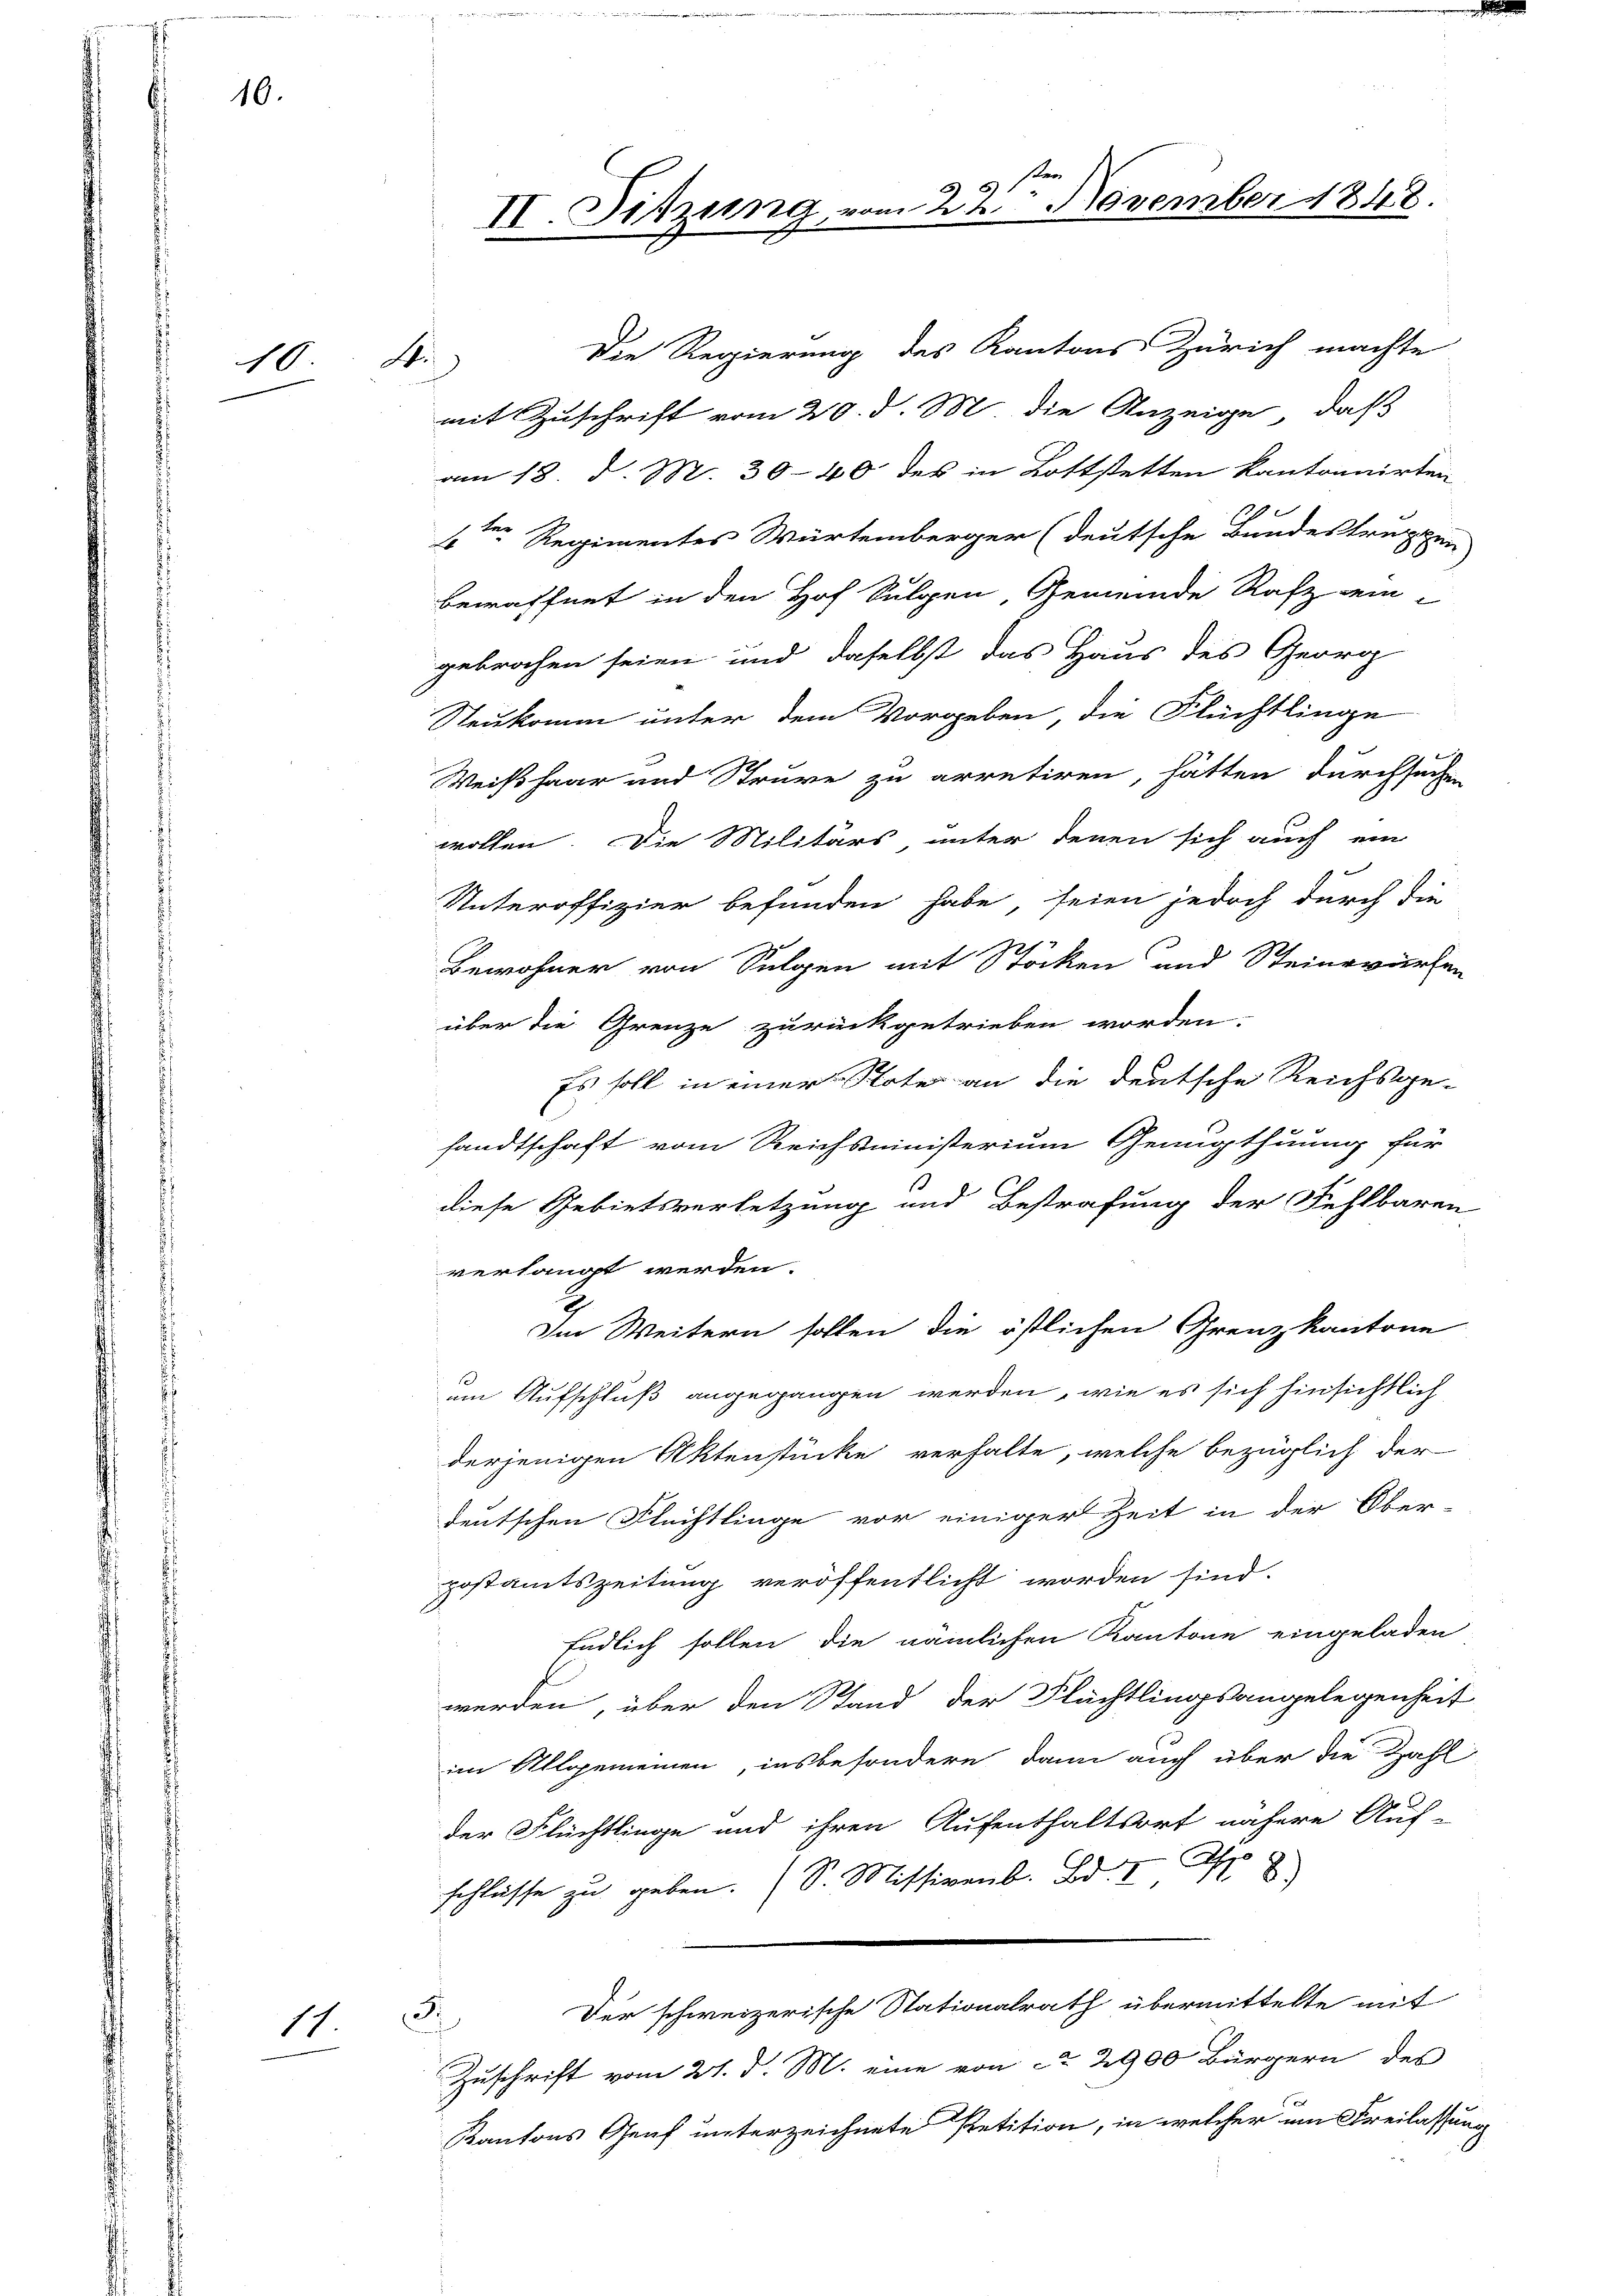
16.

10

14

A

Die Regierung des Kantons Zürich machte
mit Zuschrift vom 20. d. M. die Anzeige, daß
am 18. d. M. 30-40 des in Lottstetten kantonnirten
1
1ten Regimentes Würtemberger (deutsche Bundestreppen
bewaffnet in den Hof Sulgen, Gemeinde Rafz ein-
gebrochen seien und daselbst das Haus des Georg
Neukomm unter dem Vorgeben, die Flüchtlinge
Weißhaar und Steure zu arretiren, hätten durchsuchen
wollen. Die Militärs unter denen sich auch ein
Unteroffizier befunden habe, seien jedoch durch die
e
Bewohner von Folgen mit Stöcken und Steinwürfen
über die Grenze zurückgetrieben worden.
Es soll in einer Note an die deutsche Reichsge-
sandtschaft vom Reichsministerium Genugthuung für
diese Gebietsverletzung und Bestrafung der Fehlbaren
verlangt werden.
Im Weitern sollen die östlichen Grenzkantone
um Aufschluß angegangen werden, wie es sich hinsichtlich
derjenigen Aktenstücke verhalte, welche bezüglich der
deutschen Flüchtlinge vor einiger Zeit in der Ober-
postamtszeitung veröffentlicht worden sind.
Endlich sollen die nämlichen Kantone eingeladen
werden, über den Stand der Flüchtlingsangelegenheit
im Allgemeinen, insbesondere dann auch über die Zahl
der Flüchtlinge und ihren Aufenthaltsort nähere Auf-
2
schlasse zu geben. S. Missiven B
Der schweizerische Stationalrath übermittelte mit
.
Zuschrift vom 21. d. M. eine von ca 2900 Bürgern des
Kantons Genf unterzeichnete Petition, in welcher um Freilassung

II. Sitzung vom 22 November 1848.